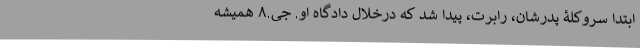
ابتدا سروکلۀ پدرشان، رابرت، پیدا شد که درخلال دادگاه او. جی.۸ همیشه